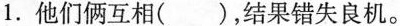
1.他们俩互相( )，结果错失良机。